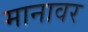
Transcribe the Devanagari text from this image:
मानावर